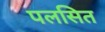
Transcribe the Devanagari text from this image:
पलसित